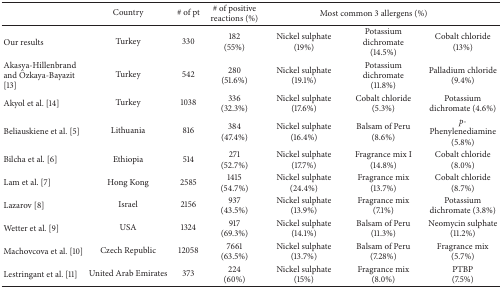
<table><thead><tr><td>[EMPTY_CELL]</td><td><b>Country</b></td><td><b># of pt</b></td><td><b># of positive reactions (%)</b></td><td colspan="3"><b>Most common 3 allergens (%)</b></td></tr></thead><tbody><tr><td>Our results</td><td>Turkey</td><td>330</td><td>182(55%)</td><td>Nickel sulphate(19%)</td><td>Potassium dichromate(14.5%)</td><td>Cobalt chloride(13%)</td></tr><tr><td> Akasya-Hillenbrand and Özkaya-Bayazit [13]</td><td>Turkey</td><td>542</td><td>280(51.6%)</td><td>Nickel sulphate(19.1%)</td><td>Potassium dichromate(11.8%)</td><td>Palladium chloride(9.4%)</td></tr><tr><td>Akyol et al. [14] </td><td>Turkey</td><td>1038</td><td>336(32.3%)</td><td>Nickel sulphate(17.6%)</td><td>Cobalt chloride(5.3%)</td><td>Potassium dichromate (4.6%)</td></tr><tr><td>Beliauskiene et al. [5]</td><td>Lithuania</td><td>816</td><td>384(47.4%)</td><td>Nickel sulphate(16.4%)</td><td>Balsam of Peru(8.6%)</td><td><i>p</i>-Phenylenediamine(5.8%)</td></tr><tr><td>Bilcha et al. [6] </td><td>Ethiopia</td><td>514</td><td>271(52.7%)</td><td>Nickel sulphate(17.7%)</td><td>Fragrance mix I(14.8%)</td><td>Cobalt chloride(8.0%)</td></tr><tr><td>Lam et al. [7]</td><td>Hong Kong</td><td>2585</td><td>1415(54.7%)</td><td>Nickel sulphate(24.4%)</td><td>Fragrance mix(13.7%)</td><td>Cobalt chloride(8.7%)</td></tr><tr><td>Lazarov [8]</td><td>Israel</td><td>2156</td><td>937(43.5%)</td><td>Nickel sulphate(13.9%)</td><td>Fragrance mix(7.1%)</td><td>Potassium dichromate (3.8%)</td></tr><tr><td>Wetter et al. [9]</td><td>USA</td><td>1324</td><td>917(69.3%)</td><td>Nickel sulphate(14.1%)</td><td>Balsam of Peru(11.3%)</td><td>Neomycin sulphate(11.2%)</td></tr><tr><td>Machovcova et al. [10] </td><td>Czech Republic</td><td>12058</td><td>7661(63.5%)</td><td>Nickel sulphate(13.7%)</td><td>Balsam of Peru(7.28%)</td><td>Fragrance mix(5.7%)</td></tr><tr><td>Lestringant et al. [11]</td><td>United Arab Emirates</td><td>373</td><td>224(60%)</td><td>Nickel sulphate(15%)</td><td>Fragrance mix(8.0%)</td><td>PTBP(7.5%)</td></tr></tbody></table>